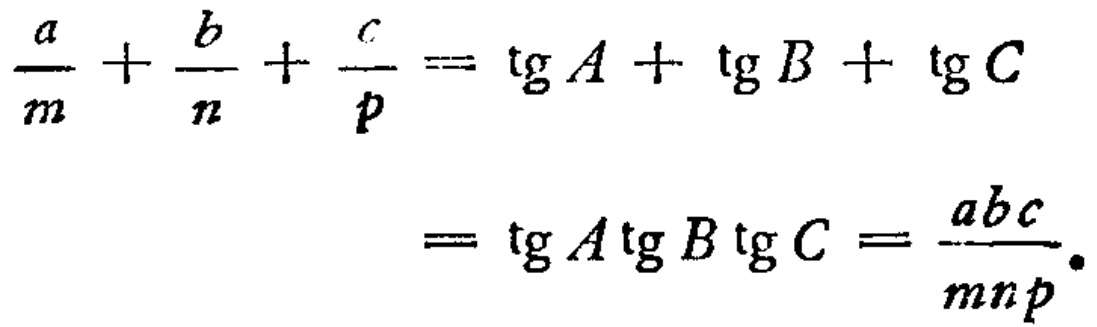
\[\begin{align*}
\frac{a}{m}+\frac{b}{n}+\frac{c}{p}&=\tg A+\tg B+\tg C\\
&=\tg A\tg B\tg C=\frac{abc}{mnp}.
\end{align*}\]